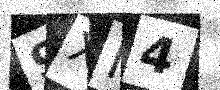
Text: 9XI4